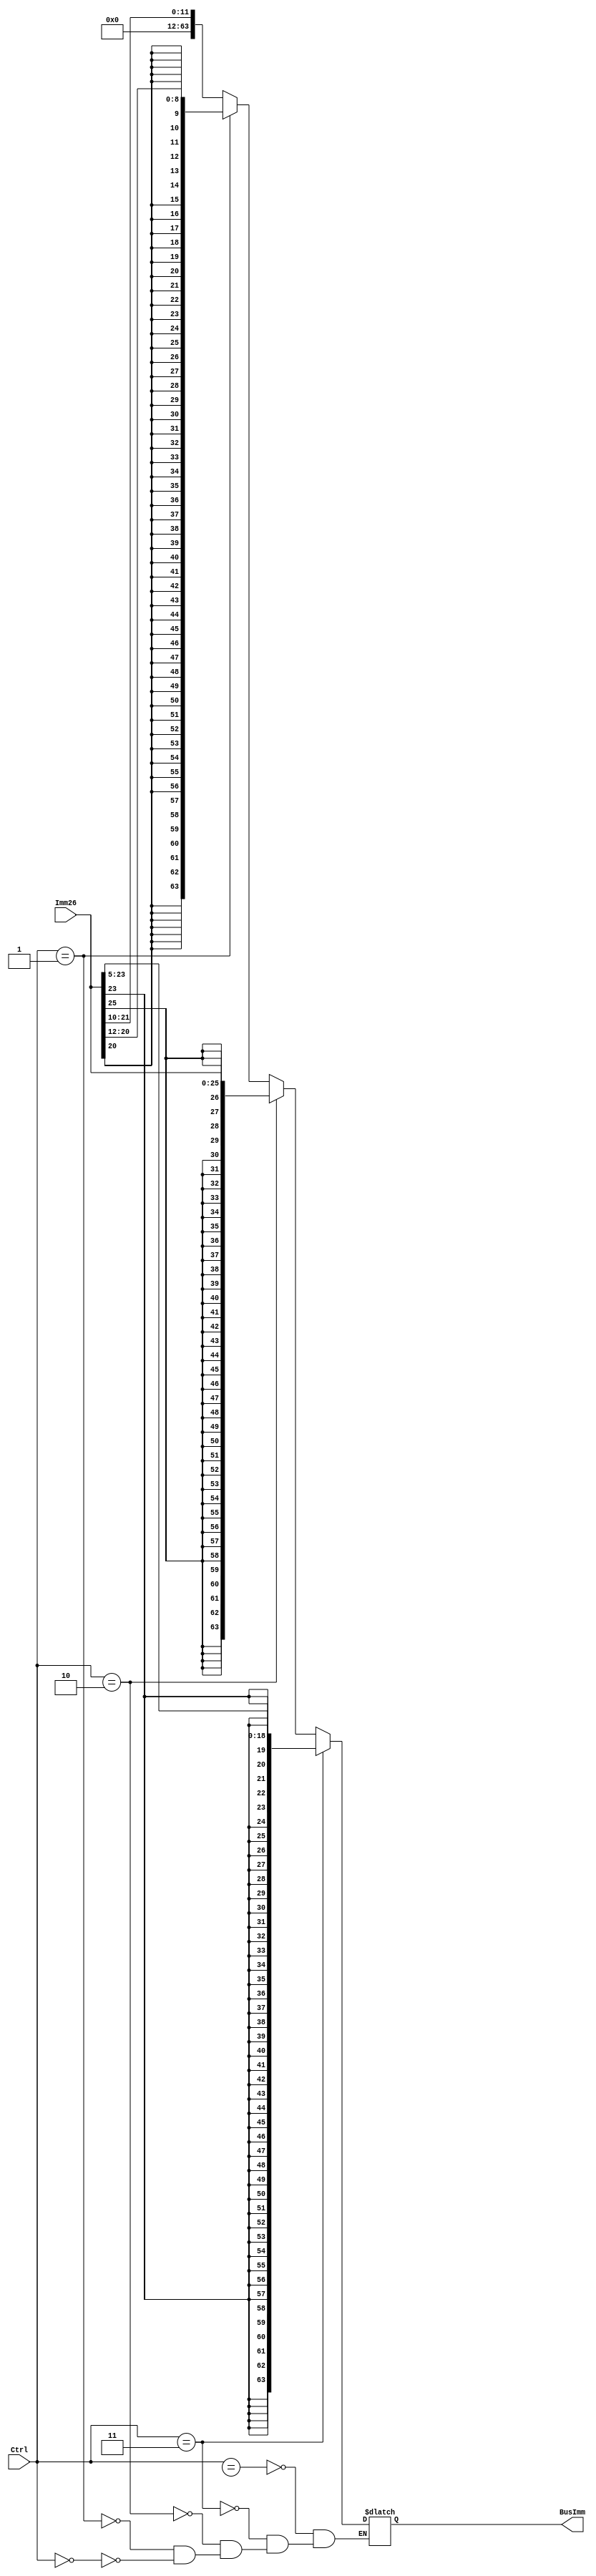
`timescale 1ns / 1ps

module SignExtender(BusImm, Imm26, Ctrl);
	
	//Define input and output
	output reg [63:0] BusImm;
	input [25:0] Imm26;
	input [1:0] Ctrl;
	
	always @(*)begin
	 begin
        if(Ctrl[1:0] == 2'b00) begin  // I-type
	   BusImm = {52'b0,Imm26[21:10]};
        end
        if(Ctrl[1:0] == 2'b01)begin // D type 
           BusImm = {{55{Imm26[20]}}, Imm26[20:12]};
		end
		if(Ctrl[1:0] == 2'b10)begin // B instruction
			  BusImm = {{38{Imm26[25]}}, Imm26[25:0]};
		end
		if(Ctrl[1:0] == 2'b11)begin // CB instruction 
		  BusImm = {{45{Imm26[23]}}, Imm26[23:5]};
		end
		
		if(Ctrl[1:0] == 2'bxx)begin 
			  BusImm = {64'bx};
		end
	
	
      end
	end

endmodule